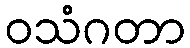
ဝသံဂတာ